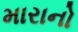
મારાનો